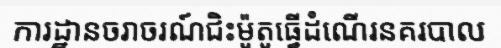
ការដ្ឋានចរាចរណ៍ជិះម៉ូតូធ្វើដំណើរនគរបាល